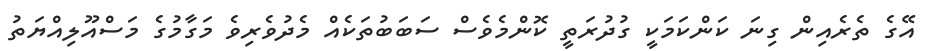
އޭގެ ތެރެއިން ގިނަ ކަންކަމަކީ ގުދުރަތީ ކޮންމެވެސް ސަބަބުތަކެއް މެދުވެރިވެ މަގާމުގެ މަސްއޫލިއްޔަތު